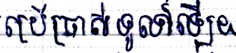
ប្រើប្រាស់ទូទៅឡើយ